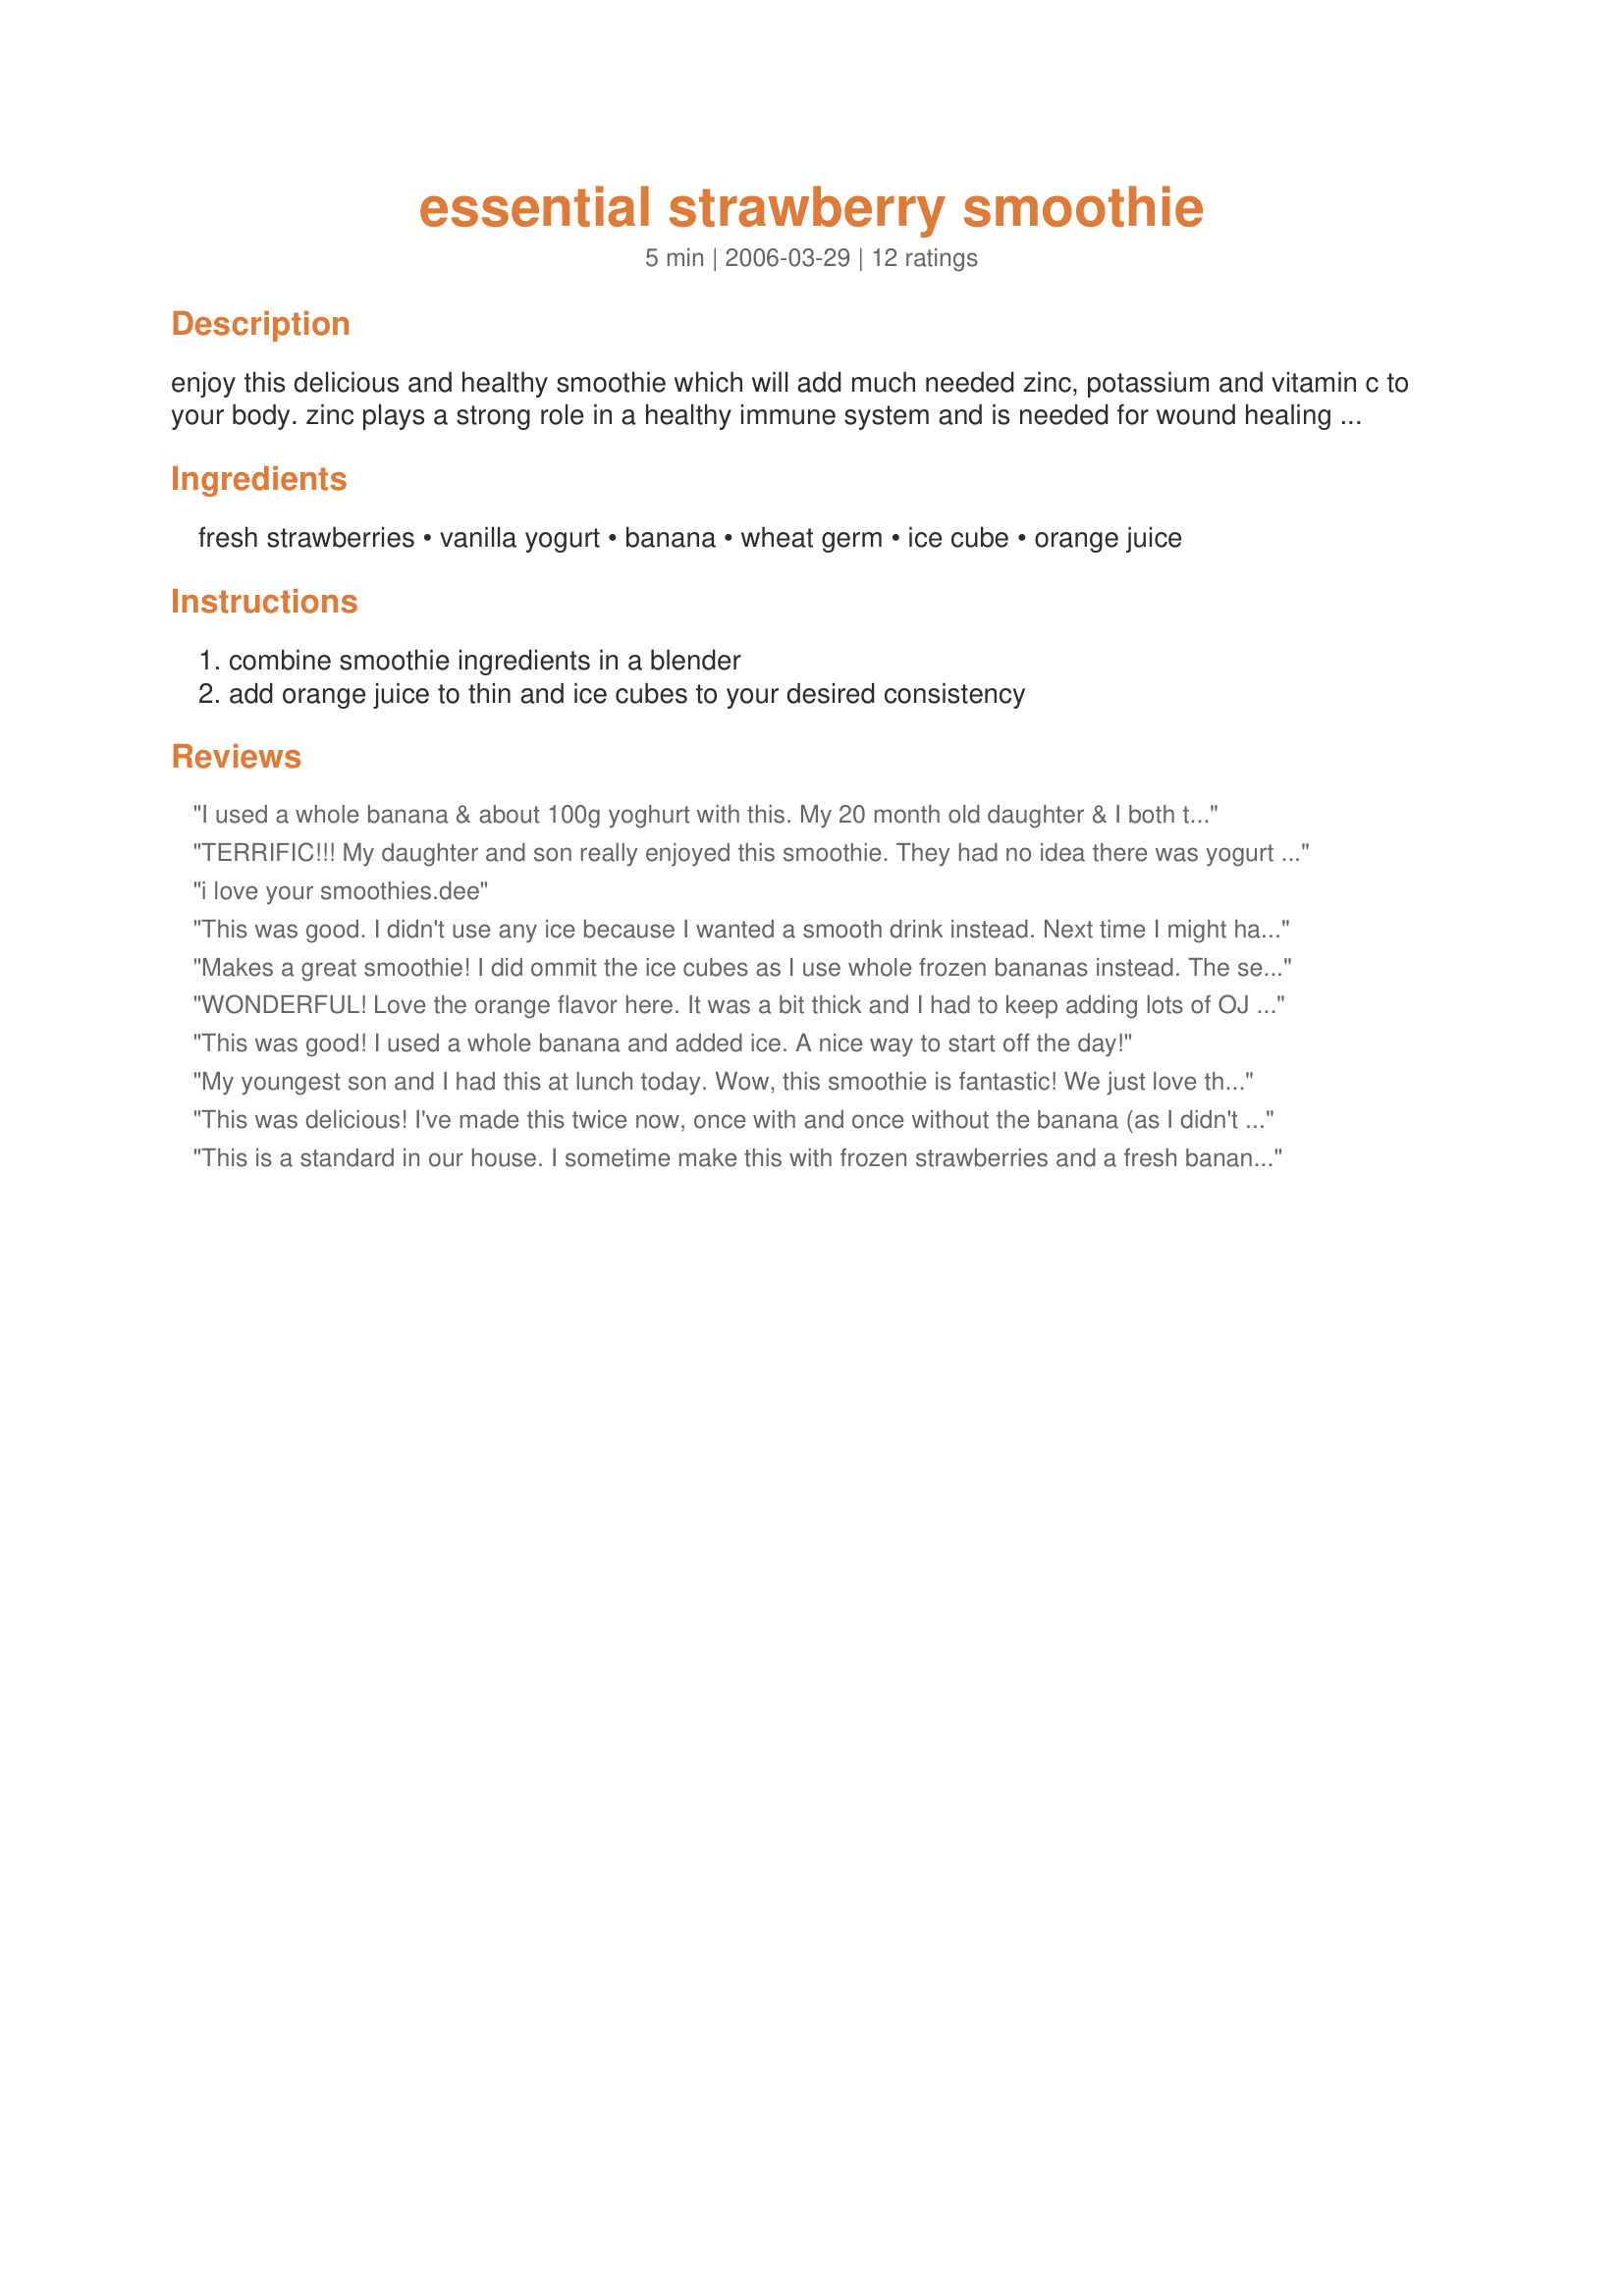
essential strawberry smoothie
Preparation time: 5 minutes

enjoy this delicious and healthy smoothie which will add much needed zinc, potassium and vitamin c to your body. zinc plays a strong role in a healthy immune system and is needed for wound healing and to help maintain your sense of taste and smell. it is also needed for dna synthesis. the kids will enjoy this cool immune boosting drink as much as you do! use organic ingredients when possible in your smoothies. enjoy!

Ingredients:
fresh strawberries, vanilla yogurt, banana, wheat germ, ice cube, orange juice

Steps:
combine smoothie ingredients in a blender, add orange juice to thin and ice cubes to your desired consistency

Reviews:
I used a whole banana & about 100g yoghurt with this. My 20 month old daughter & I both thoroughly enjoyed, thanks!
TERRIFIC!!! My daughter and son really enjoyed this smoothie. They had no idea there was yogurt or wheat germ included. They told me it was better than what we buy at the smoothie shop! Thanks NC for a great recipe. Made for Bevy Tag Apr08
 i love your smoothies.dee
This was good. I didn't use any ice because I wanted a smooth drink instead. Next time I might have to add some sugar because it wasn't sweet enough for me but overall its a great recipe!
Thanks so much for it ncmysteryshopper!
Makes a great smoothie! I did ommit the ice cubes as I use whole frozen bananas instead. The second day, and for the past few days, I have made these sorta "my own way", using your recipe, but adding flax seed that I grind, and adding ANY tea leaves/herbals I have left over from the MANY teas that I drink. Lavender and jasmine added a particularly nice suble flavor. But, I don't ommit the chamomille, green tea, white tea, mint, lemon or whatever. If there are any antioxidants left from my "brews", I want to take advantage of them, and the fibre. Great recipe though! Thanks!
WONDERFUL! Love the orange flavor here. It was a bit thick and I had to keep adding lots of OJ to offset the thickness from the frozen berries, however, that was a bonus because it meant we had more to drink! I doubled the recipe but with all the added oj to thin it out this served 4! PERFECT! Love the added wheat germ and my 2 and 4 year old LOVED this!
This was good! I used a whole banana and added ice. A nice way to start off the day!
My youngest son and I had this at lunch today. Wow, this smoothie is fantastic! We just love the strawberry banana combo. I used frozen strawberries, so there was no need to add any ice cubes. The only change I made was to use strawberry yogurt instead of vanilla. I blended all the ingredients in my magic bullet for a creamy, refreshing drink. Thanks for posting, NcMysteryShopper!
This was delicious! I've made this twice now, once with and once without the banana (as I didn't have any the second time). I used the ice.
This is a standard in our house. I sometime make this with frozen strawberries and a fresh banana or a frozen banana and fresh strawberries. Usually not both frozen fruits because then it comes out to thick. I like the addition of wheat germ and I too skipped the ice. It was plenty thick. I whipped this together in the Vita-Mix. This makes a quick breakfast on the run.
I made this smoothie for my health class - it scored alot of points from me for high nutrition and a lower sugar content than most smoothies. Also, my students loved it and I am so happy they enjoyed something that is good for them!
Strawberries, vanilla joghurt, banana and orange juice - four ingredients I love. And the wheat germ adds a fantastic healthy push. I omit the ice cubes, because I don't like smoothies too cold. But it was great and a fast way to boost your immune system.
